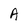
Character: A